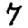
Digit: 7